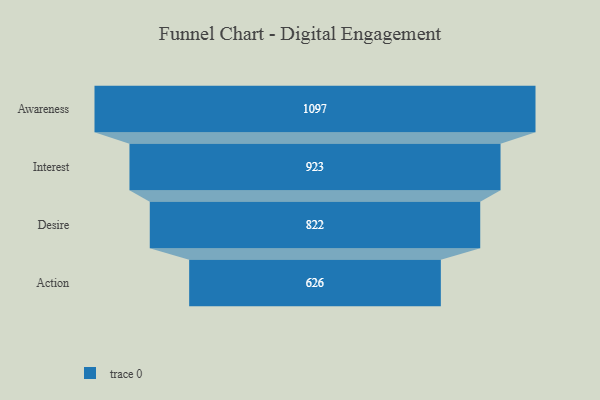
{"axis": {"x": "Stage", "y": "Value"}, "legend": [""], "data": [{"x": "Awareness", "y": 1097.0, "type": ""}, {"x": "Interest", "y": 923.0, "type": ""}, {"x": "Desire", "y": 822.0, "type": ""}, {"x": "Action", "y": 626.0, "type": ""}]}